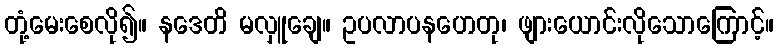
တုံ့မေးစေလို၍။ နဒေတိ မလှူချေ။ ဥပလာပနဟေတု၊ ဖျားယောင်းလိုသောကြောင့်။